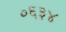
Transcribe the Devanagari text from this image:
०६३४